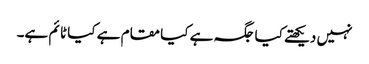
نہیں دیکھتے کیا جگہ ہے کیا مقام ہے کیا ٹا ئم ہے۔